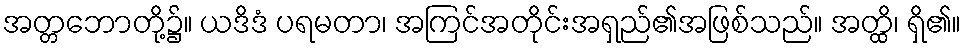
အတ္တဘောတို့၌။ ယဒိဒံ ပရမတာ၊ အကြင်အတိုင်းအရှည်၏အဖြစ်သည်။ အတ္ထိ၊ ရှိ၏။